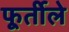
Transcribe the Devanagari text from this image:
फूर्तीले